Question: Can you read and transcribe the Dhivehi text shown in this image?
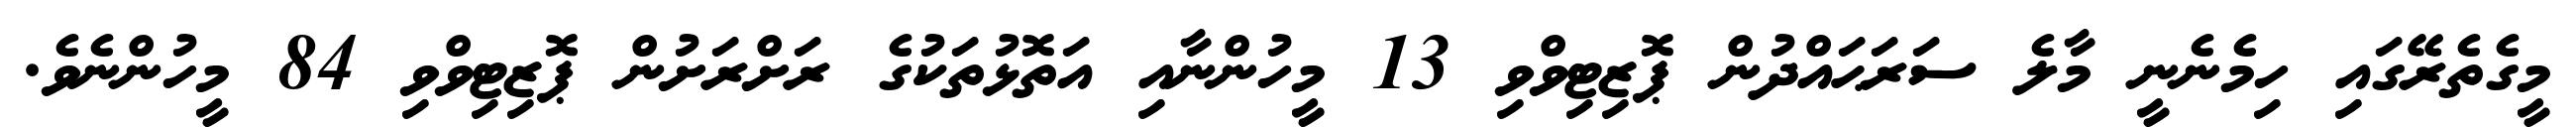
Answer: މީގެތެރޭގައި ހިމެނެނީ މާލެ ސަރަޙައްދުން ޕޮޒިޓިވްވި 13 މީހުންނާއި އަތޮޅުތަކުގެ ރަށްރަށުން ޕޮޒިޓިވްވި 84 މީހުންނެވެ.